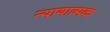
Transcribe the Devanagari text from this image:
न्यायात्मक